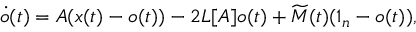
\dot { o } ( t ) = A ( x ( t ) - o ( t ) ) - 2 L [ A ] o ( t ) + \widetilde { M } ( t ) ( 1 _ { n } - o ( t ) ) ,